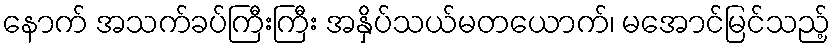
နောက် အသက်ခပ်ကြီးကြီး အနှိပ်သယ်မတယောက်၊ မအောင်မြင်သည့်